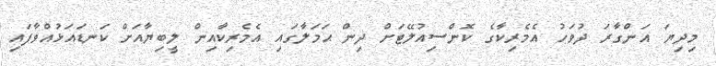
މިދިޔަ އަންގާރަ ދުވަހު އެމެރިކާގެ ކޮންސިއުލޭޓަށް ދިން ޙަމަލާގައި އެމެރިކާއިން ލީބިޔާއަށް ކަނޑައަޅުއްވާފައި